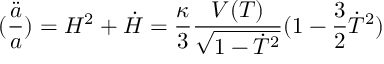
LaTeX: ( \frac { \ddot { a } } { a } ) = H ^ { 2 } + \dot { H } = \frac { \kappa } { 3 } \frac { V ( T ) } { \sqrt { 1 - \dot { T } ^ { 2 } } } ( 1 - \frac { 3 } { 2 } \dot { T } ^ { 2 } )